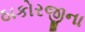
ઠાકોરજીના